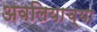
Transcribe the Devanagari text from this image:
अवलियाच्या